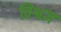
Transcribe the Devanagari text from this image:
विश्वज्ञ